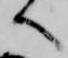
へ